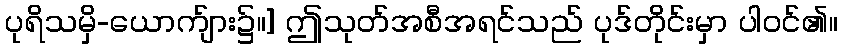
ပုရိသမှိ-ယောက်ျား၌။] ဤသုတ်အစီအရင်သည် ပုဒ်တိုင်းမှာ ပါဝင်၏။